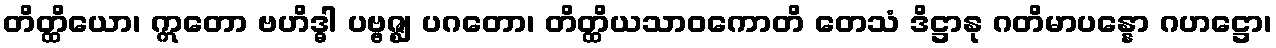
တိတ္ထိယော၊ ဣတော ဗဟိဒ္ဓါ ပဗ္ဗဇ္ဈ ပဂတော၊ တိတ္ထိယသာဝကောတိ တေသံ ဒိဋ္ဌာနု ဂတိမာပန္နော ဂဟဋ္ဌော၊